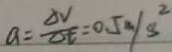
a = \frac { \Delta V } { \Delta t } = 0 . 5 m / s ^ { 2 }